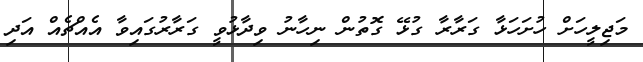
މަޖިލީހަށް ހުށަހަޅާ ގަރާރާ ގުޅޭ ގޮތުން ނިހާނު ވިދާޅުވީ ގަރާރުގައިވާ އެއްޗެއް އަދި